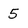
Character: 5